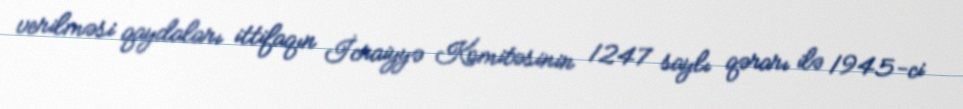
verilməsi qaydaları ittifaqın İcraiyyə Komitəsinin 1247 saylı qərarı ilə 1945-ci